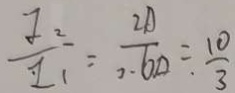
\frac { I _ { 2 } } { I _ { 1 } } = \frac { 2 A } { 0 . 6 A } = \frac { 1 0 } { 3 }